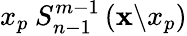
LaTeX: x_{p}\: S_{n-1}^{m-1}\left(\mathbf{x}\backslash x_{p}\right)